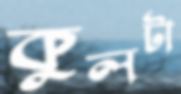
কুলটা